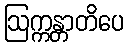
ဩက္ကန္တာတိပေ